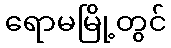
ရောမမြို့တွင်